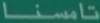
تاوسنا